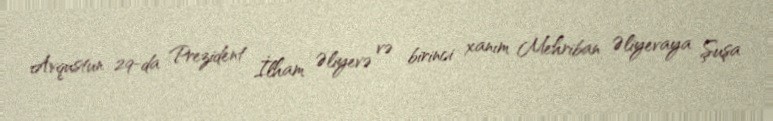
Avqustun 29-da Prezident İlham Əliyevə və birinci xanım Mehriban Əliyevaya Şuşa